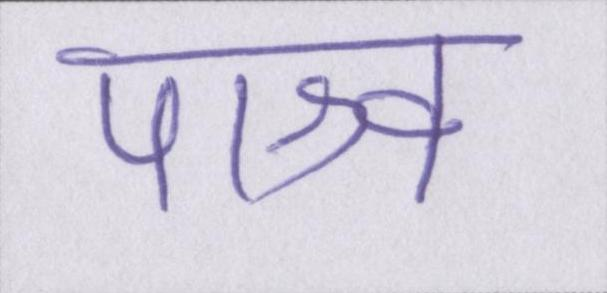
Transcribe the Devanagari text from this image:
पाश्र्व